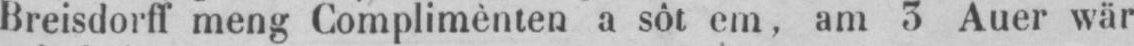
Breisdorff meng Complimènten a sôt em, am 3 Auer wär